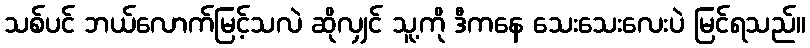
သစ်ပင် ဘယ်လောက်မြင့်သလဲ ဆိုလျှင် သူ့ကို ဒီကနေ သေးသေးလေးပဲ မြင်ရသည်။